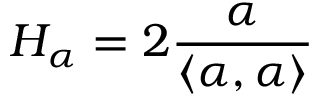
H _ { \alpha } = 2 { \frac { \alpha } { \langle \alpha , \alpha \rangle } }